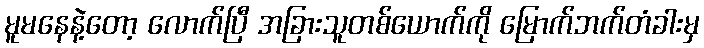
မူမနေနဲ့တော့ လောက်ပြီ အခြားသူတစ်ယောက်ကို မြောက်ဘက်တံခါးမှ